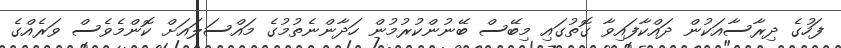
ފަހުގެ ދިރާސާއަކުން ދައްކާފައިވާ ގޮތުގައި މިބޭސް ބޭނުންކުރުމުން ހަދާންނެތުމުގެ މައްސަލައަށް ކޮންމެވެސް ވަރެއްގެ